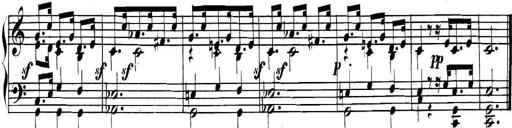
Title: Collected Piano Sonatas
Composer: Muzio Clementi